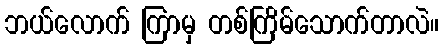
ဘယ်လောက် ကြာမှ တစ်ကြိမ်သောက်တာလဲ။